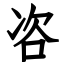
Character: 咨